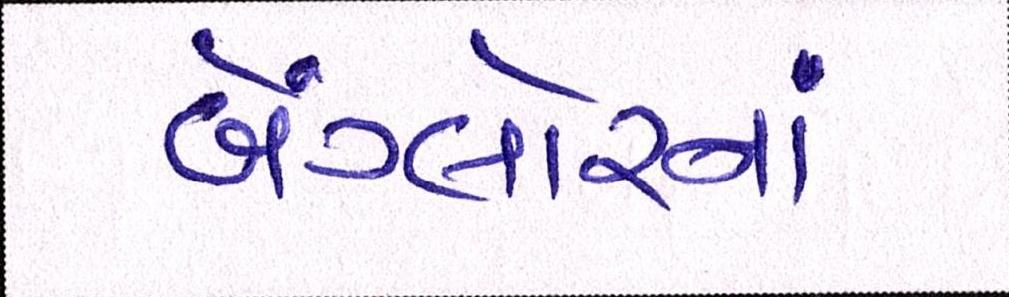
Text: બેંગ્લોરનાં